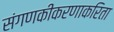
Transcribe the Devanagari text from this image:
संगणकीकरणाकरिता